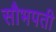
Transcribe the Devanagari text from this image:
सौभपती